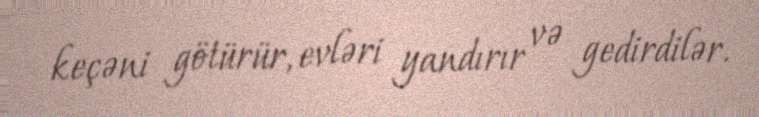
keçəni götürür, evləri yandırır və gedirdilər.